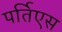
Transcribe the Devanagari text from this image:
पर्तिएस